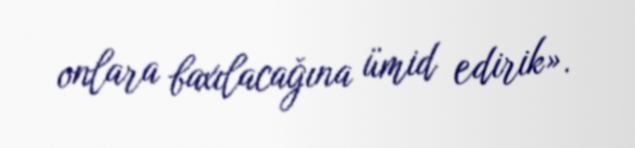
onlara baxılacağına ümid edirik».